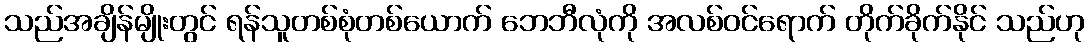
သည်အချိန်မျိုးတွင် ရန်သူတစ်စုံတစ်ယောက် ဘေဘီလုံကို အလစ်ဝင်ရောက် တိုက်ခိုက်နိုင် သည်ဟု